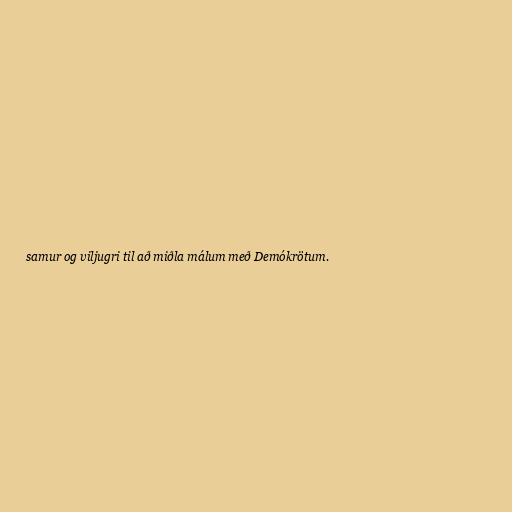
samur og viljugri til að miðla málum með Demókrötum.